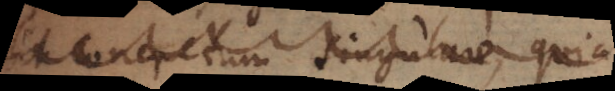
sit concretum singulare, quia